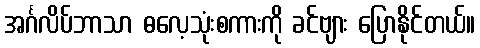
အင်္ဂလိပ်ဘာသာ ဓလေ့သုံးစကားကို ခင်ဗျား ပြောနိုင်တယ်။